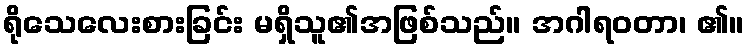
ရိုသေလေးစားခြင်း မရှိသူ၏အဖြစ်သည်။ အဂါရဝတာ၊ ၏။